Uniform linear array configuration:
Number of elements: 16
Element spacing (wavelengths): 0.75
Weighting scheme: uniform
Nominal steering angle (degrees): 45
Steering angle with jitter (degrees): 44.3
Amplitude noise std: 0.05
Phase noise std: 0.05

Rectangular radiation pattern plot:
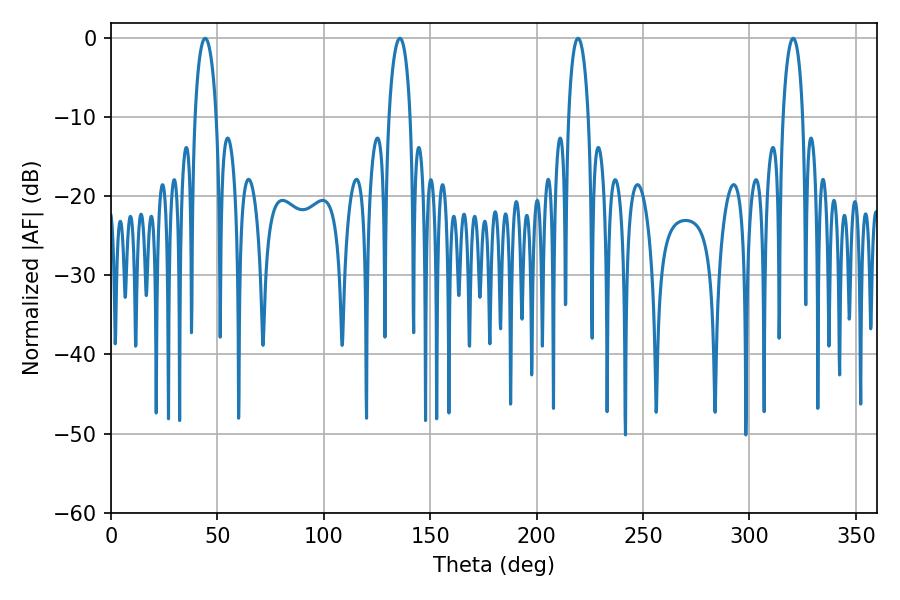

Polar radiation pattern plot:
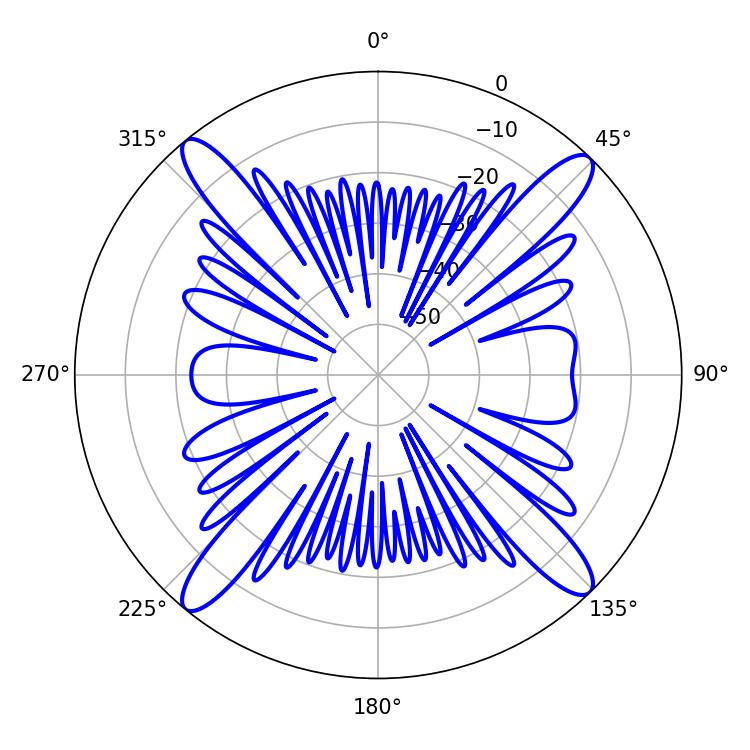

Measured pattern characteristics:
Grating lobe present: TRUE
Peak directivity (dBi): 18.83
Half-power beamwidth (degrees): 5.76
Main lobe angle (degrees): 44.28